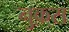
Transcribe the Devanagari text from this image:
नुक़्स